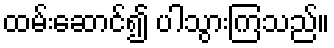
ထမ်းဆောင်၍ ပါသွားကြသည်။